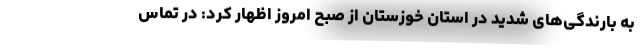
به بارندگی‌های شدید در استان خوزستان از صبح امروز اظهار کرد: در تماس